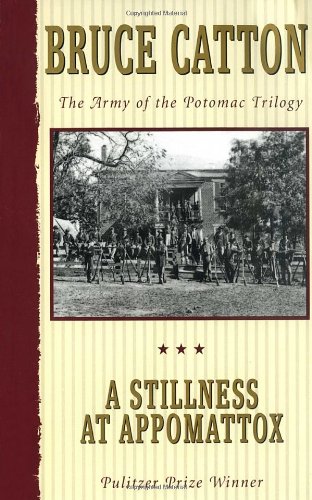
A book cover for A Stillness at Appomattox (Army of the Potomac, Vol. 3); Bruce Catton; History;